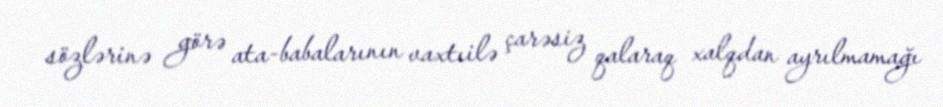
sözlərinə görə ata-babalarının vaxtıilə çarəsiz qalaraq xalqdan ayrılmamağı